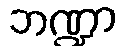
ဘဏ္ဍာ